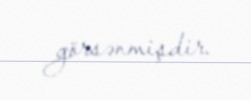
görsənmişdir.